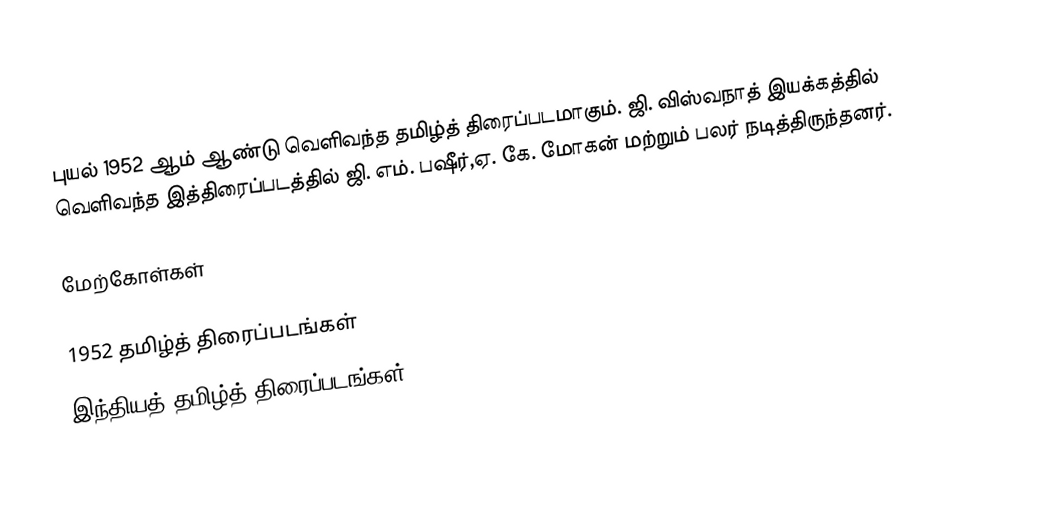
புயல் 1952 ஆம் ஆண்டு வெளிவந்த தமிழ்த் திரைப்படமாகும். ஜி. விஸ்வநாத் இயக்கத்தில் வெளிவந்த இத்திரைப்படத்தில் ஜி. எம். பஷீர்,ஏ. கே. மோகன் மற்றும் பலர் நடித்திருந்தனர்.

மேற்கோள்கள்

1952 தமிழ்த் திரைப்படங்கள்
இந்தியத் தமிழ்த் திரைப்படங்கள்